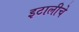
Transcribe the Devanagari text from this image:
इटालीचे